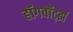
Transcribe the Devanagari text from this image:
हॉगवॉर्ट्झ